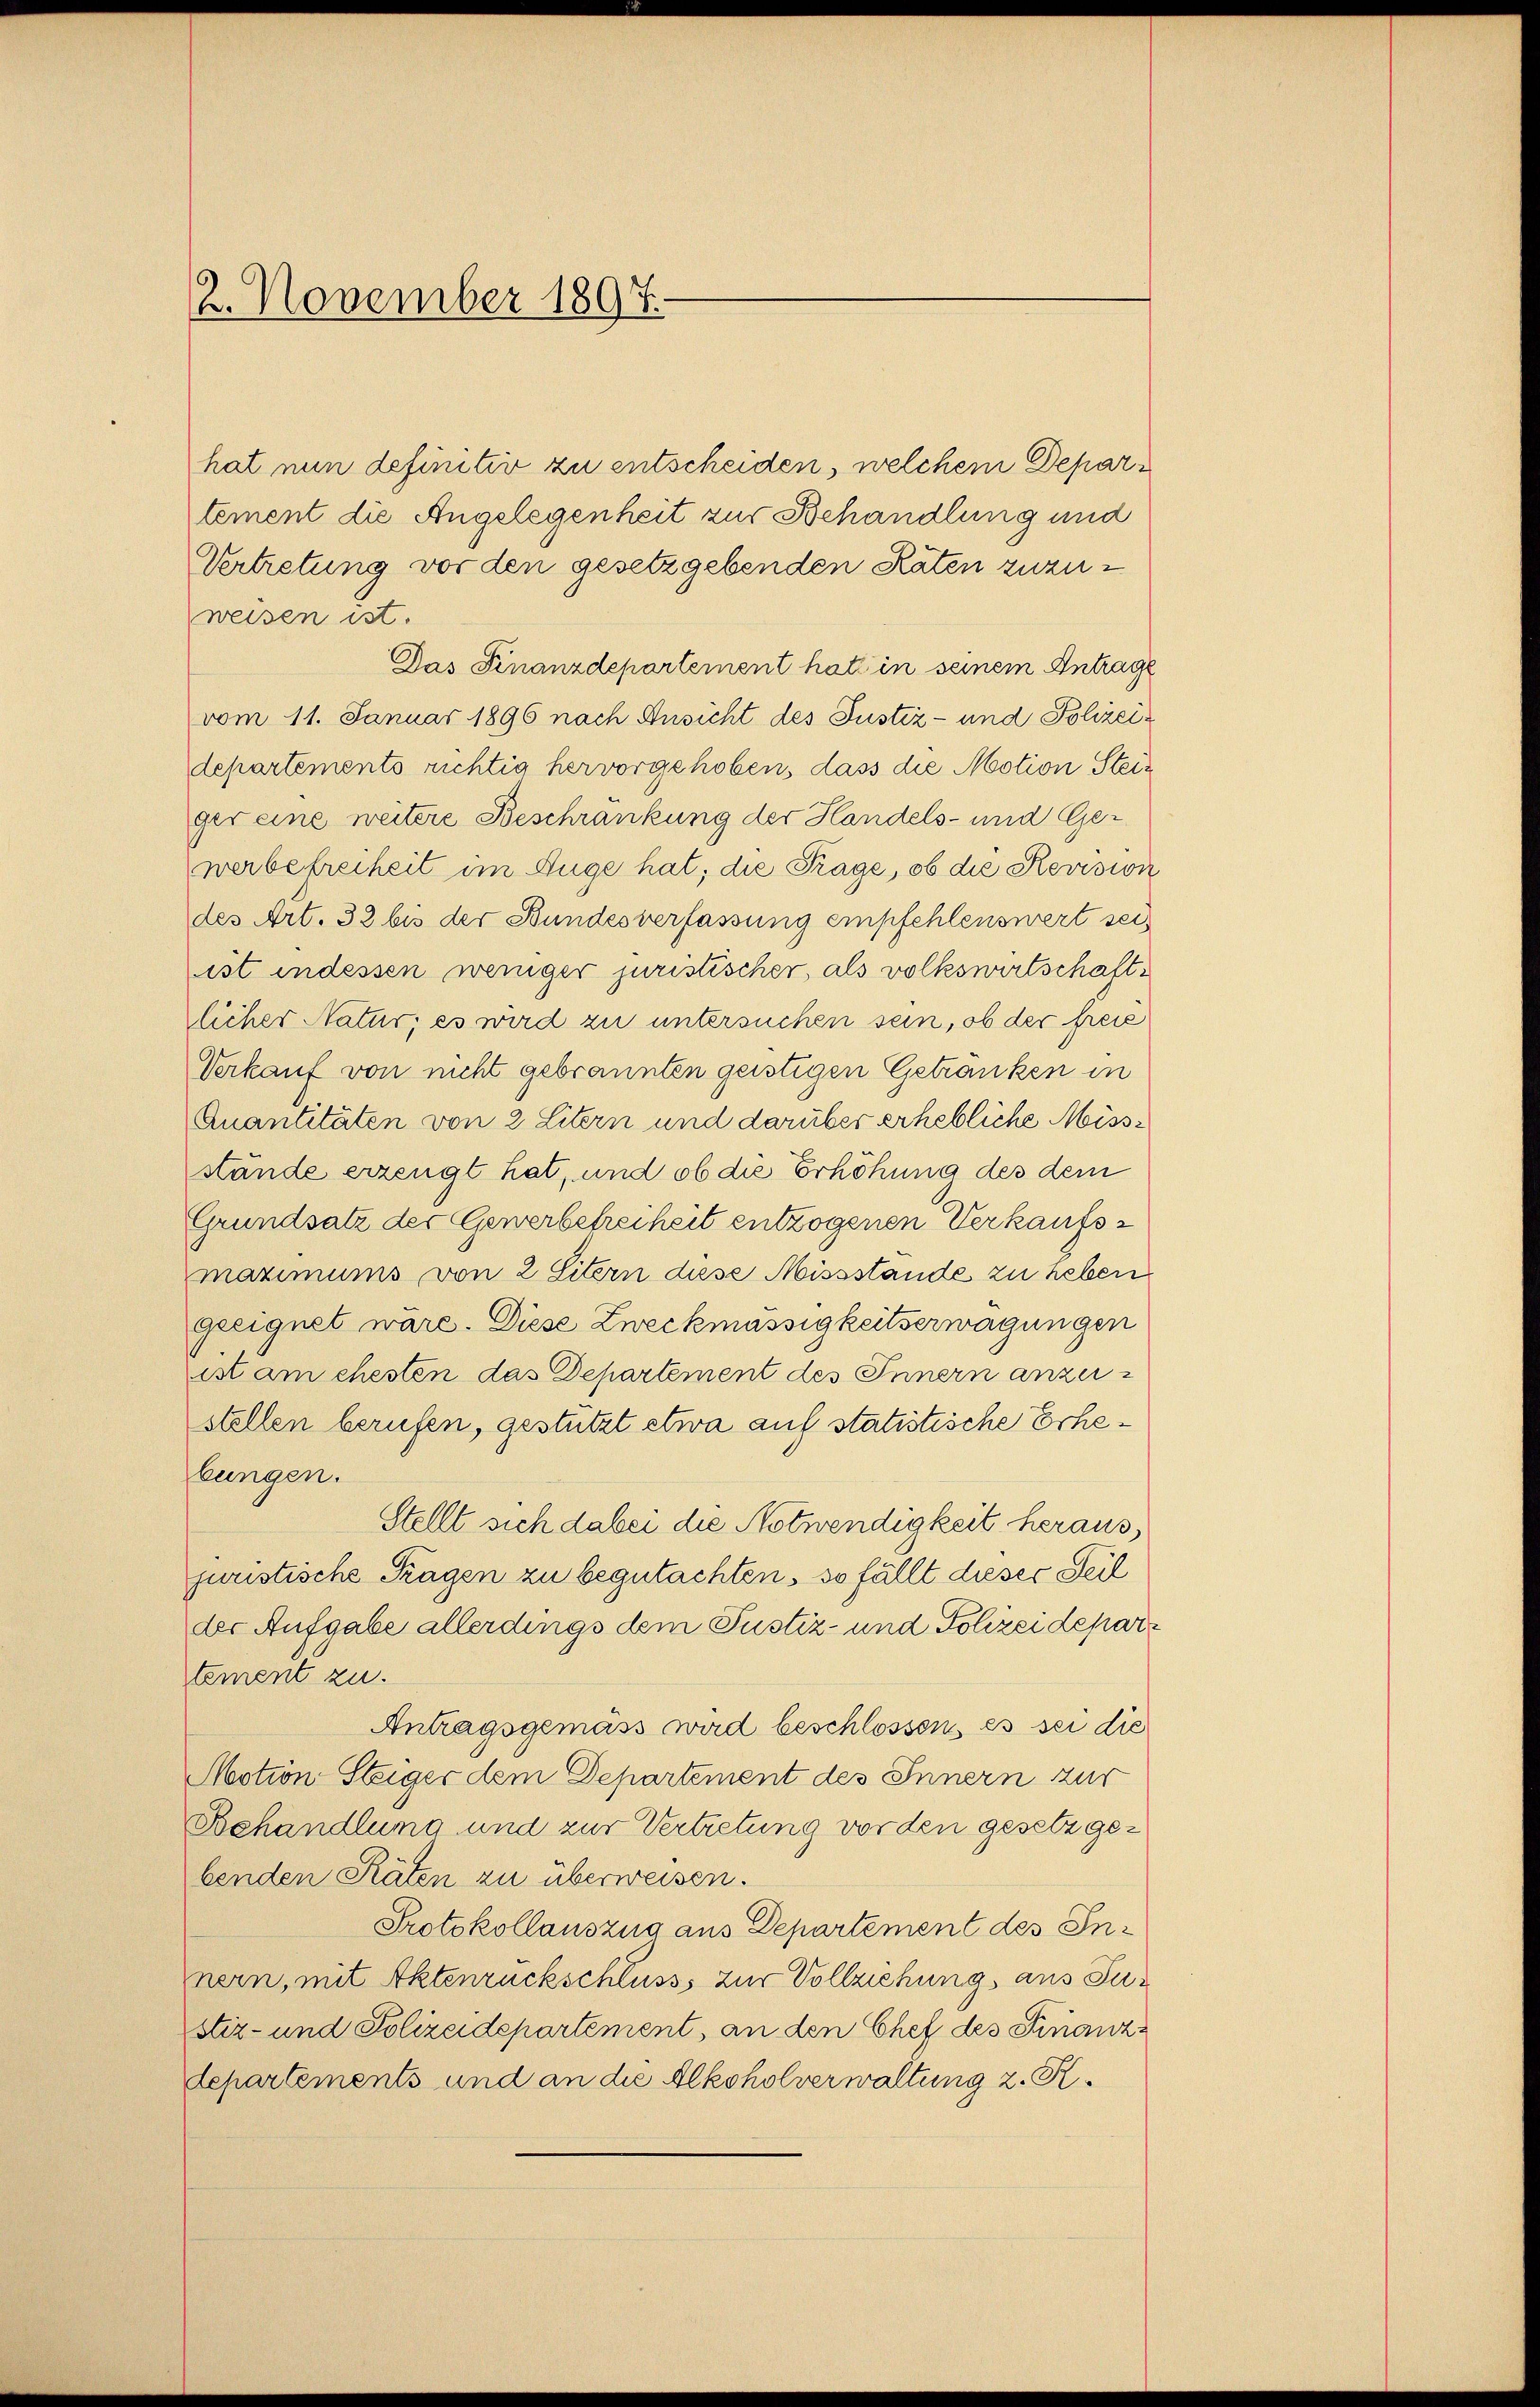
2. November 1897.

weisen ist.
Das Finanzdepartement hat in seinem Antrage
vom 11. Januar 1896 nach Ansicht des Justiz- und Polizeidepartements richtig hervorgehoben, dass die Motion Steiger eine weitere Beschränkung der Handels- und Ge-
werbefreiheit im Auge hat; die Frage, ob die Revision
des Art. 32 bis der Bundesverfassung empfehlenswert sei
ist indessen weniger juristischer, als volkswirtschaftlicher Natur; es wird zu untersuchen sein, ob der freie
Verkauf von nicht gebrannten geistigen Getranken in
Quantitäten von 2 Litern und darüber erhebliche Missstände erzeugt hat, und ob die Erhöhung des dem
Grundsatz der Gewerbefreiheit entzogenen Verkaufsmaximums von 2 Litern diese Missstande zu heben
geeignet wäre. Diese Zweckmässigkeitserwägungen
ist am ehesten das Departement des Innern anzeistellen berufen, gestützt etwa auf statistische Erhebungen.
Stellt sich dabei die Notwendigkeit heraus,
juristische Fragen zu begutachten, so fällt dieser Teil
der Aufgabe allerdings dem Justiz- und Polizeidepartement zu.
Antragsgemäss wird beschlossen, es sei die
Motion Steiger dem Departement des Innern zur
Behandlung und zur Vertretung vor den gesetz gebenden Räten zu überweisen.
Protokollauszug aus Departement des Innern, mit Aktenrückschluss zur Vollziehung aus Justiz- und Polizeidepartement, an den Chef des Finanz¬
Separtements und an die Alkoholverwaltung z. R.

hat nun definitiv zu entscheiden, welchem Departement die Angelegenheit zur Behandlung und
Vertretung vor den gesetzgebenden Raten zuzu¬